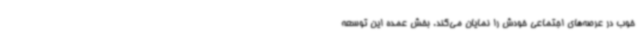
خوب در عرصه‌های اجتماعی خودش را نمایان می‌کند. بخش عمده این توسعه